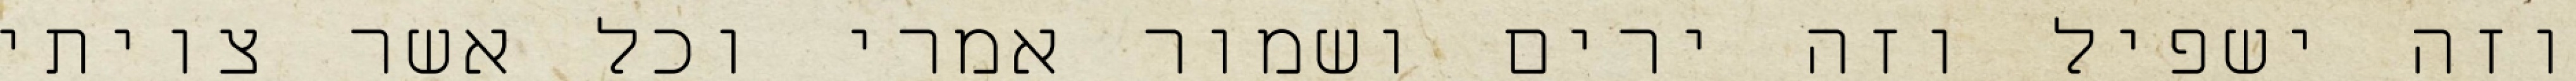
וזה ישפיל וזה ירים ושמור אמרי וכל אשר צויתי